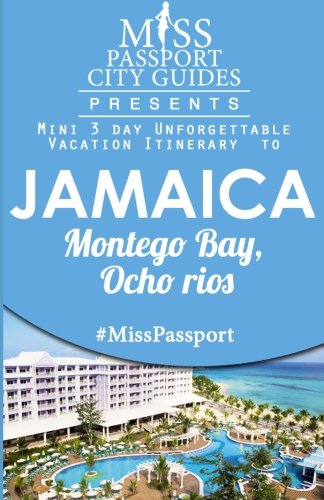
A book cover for Miss Passport City Guides Presents:  Mini 3 day Unforgettable Vacation Itinerary to Jamaica Montego Bay, Ocho Rios (Miss Passport Travel Guides); Sharon Bell; Travel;